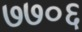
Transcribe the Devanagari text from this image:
७७०६